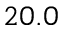
2 0 . 0